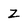
Character: z